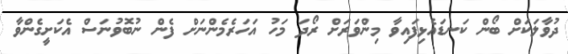
ދުވާލަކަށް ބޯން ކަނޑައެޅިފައިވާ މިންވަރަށް ރޯދަ މަހު އަހަރެމެންނަށް ފެން ނުބޮވުނަސް އެކަށީގެންވާ